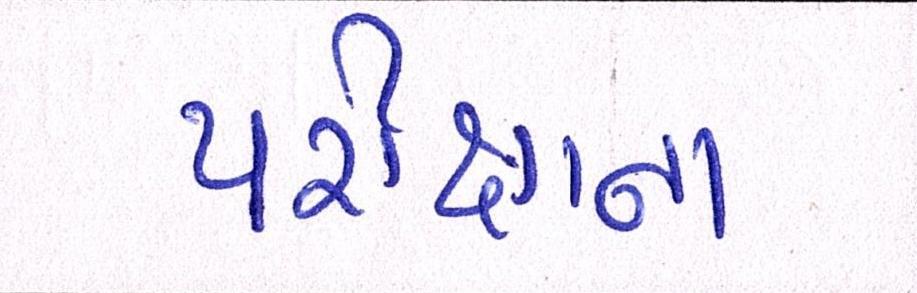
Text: પરીક્ષાના